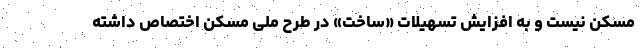
مسکن نیست و به افزایش تسهیلات «ساخت» در طرح ملی مسکن اختصاص داشته